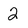
Character: 2